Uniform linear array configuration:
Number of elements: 24
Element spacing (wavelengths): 0.75
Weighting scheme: cosine
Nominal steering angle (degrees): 30
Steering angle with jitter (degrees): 28.079
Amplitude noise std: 0.05
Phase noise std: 0.05

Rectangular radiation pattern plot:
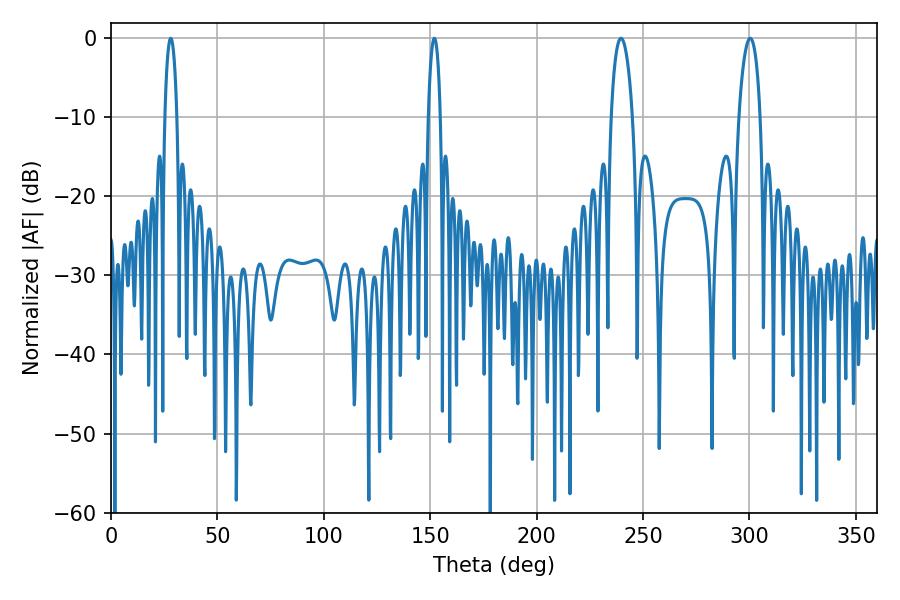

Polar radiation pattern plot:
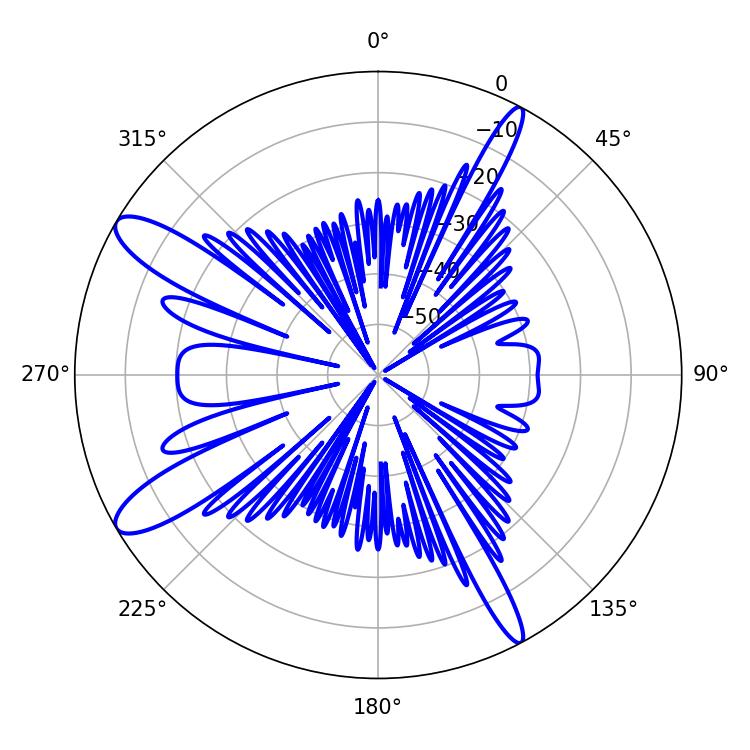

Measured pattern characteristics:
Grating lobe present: TRUE
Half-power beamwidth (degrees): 3.24
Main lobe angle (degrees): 151.92